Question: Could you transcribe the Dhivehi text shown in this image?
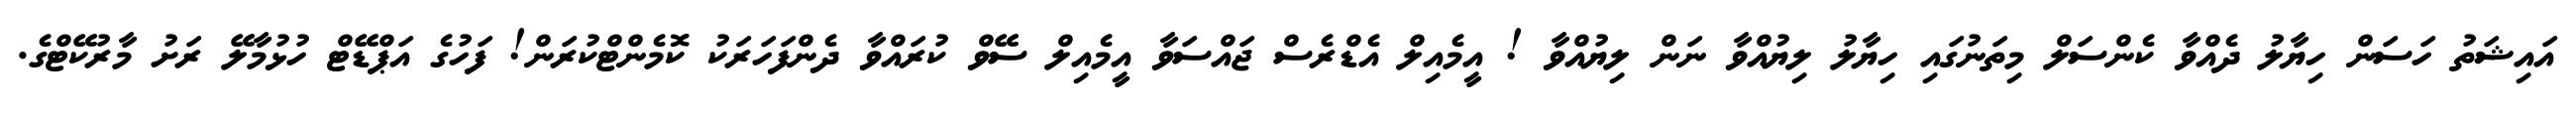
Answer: އައިޝަތު ހަސަން ހިޔާލު ދެއްވާ ކެންސަލް މިތަނުގައި ހިޔާލު ލިޔުއްވާ ނަން ލިޔުއްވާ ! އީމެއިލް އެޑްރެސް ޖައްސަވާ އީމެއިލް ސޭވް ކުރައްވާ ދެންފަހަރަކު ކޮމެންޓްކުރަން! ފަހުގެ އަޕްޑޭޓް ހުޅުމާލޭ ރަށު މާރުކޭޓްގެ.